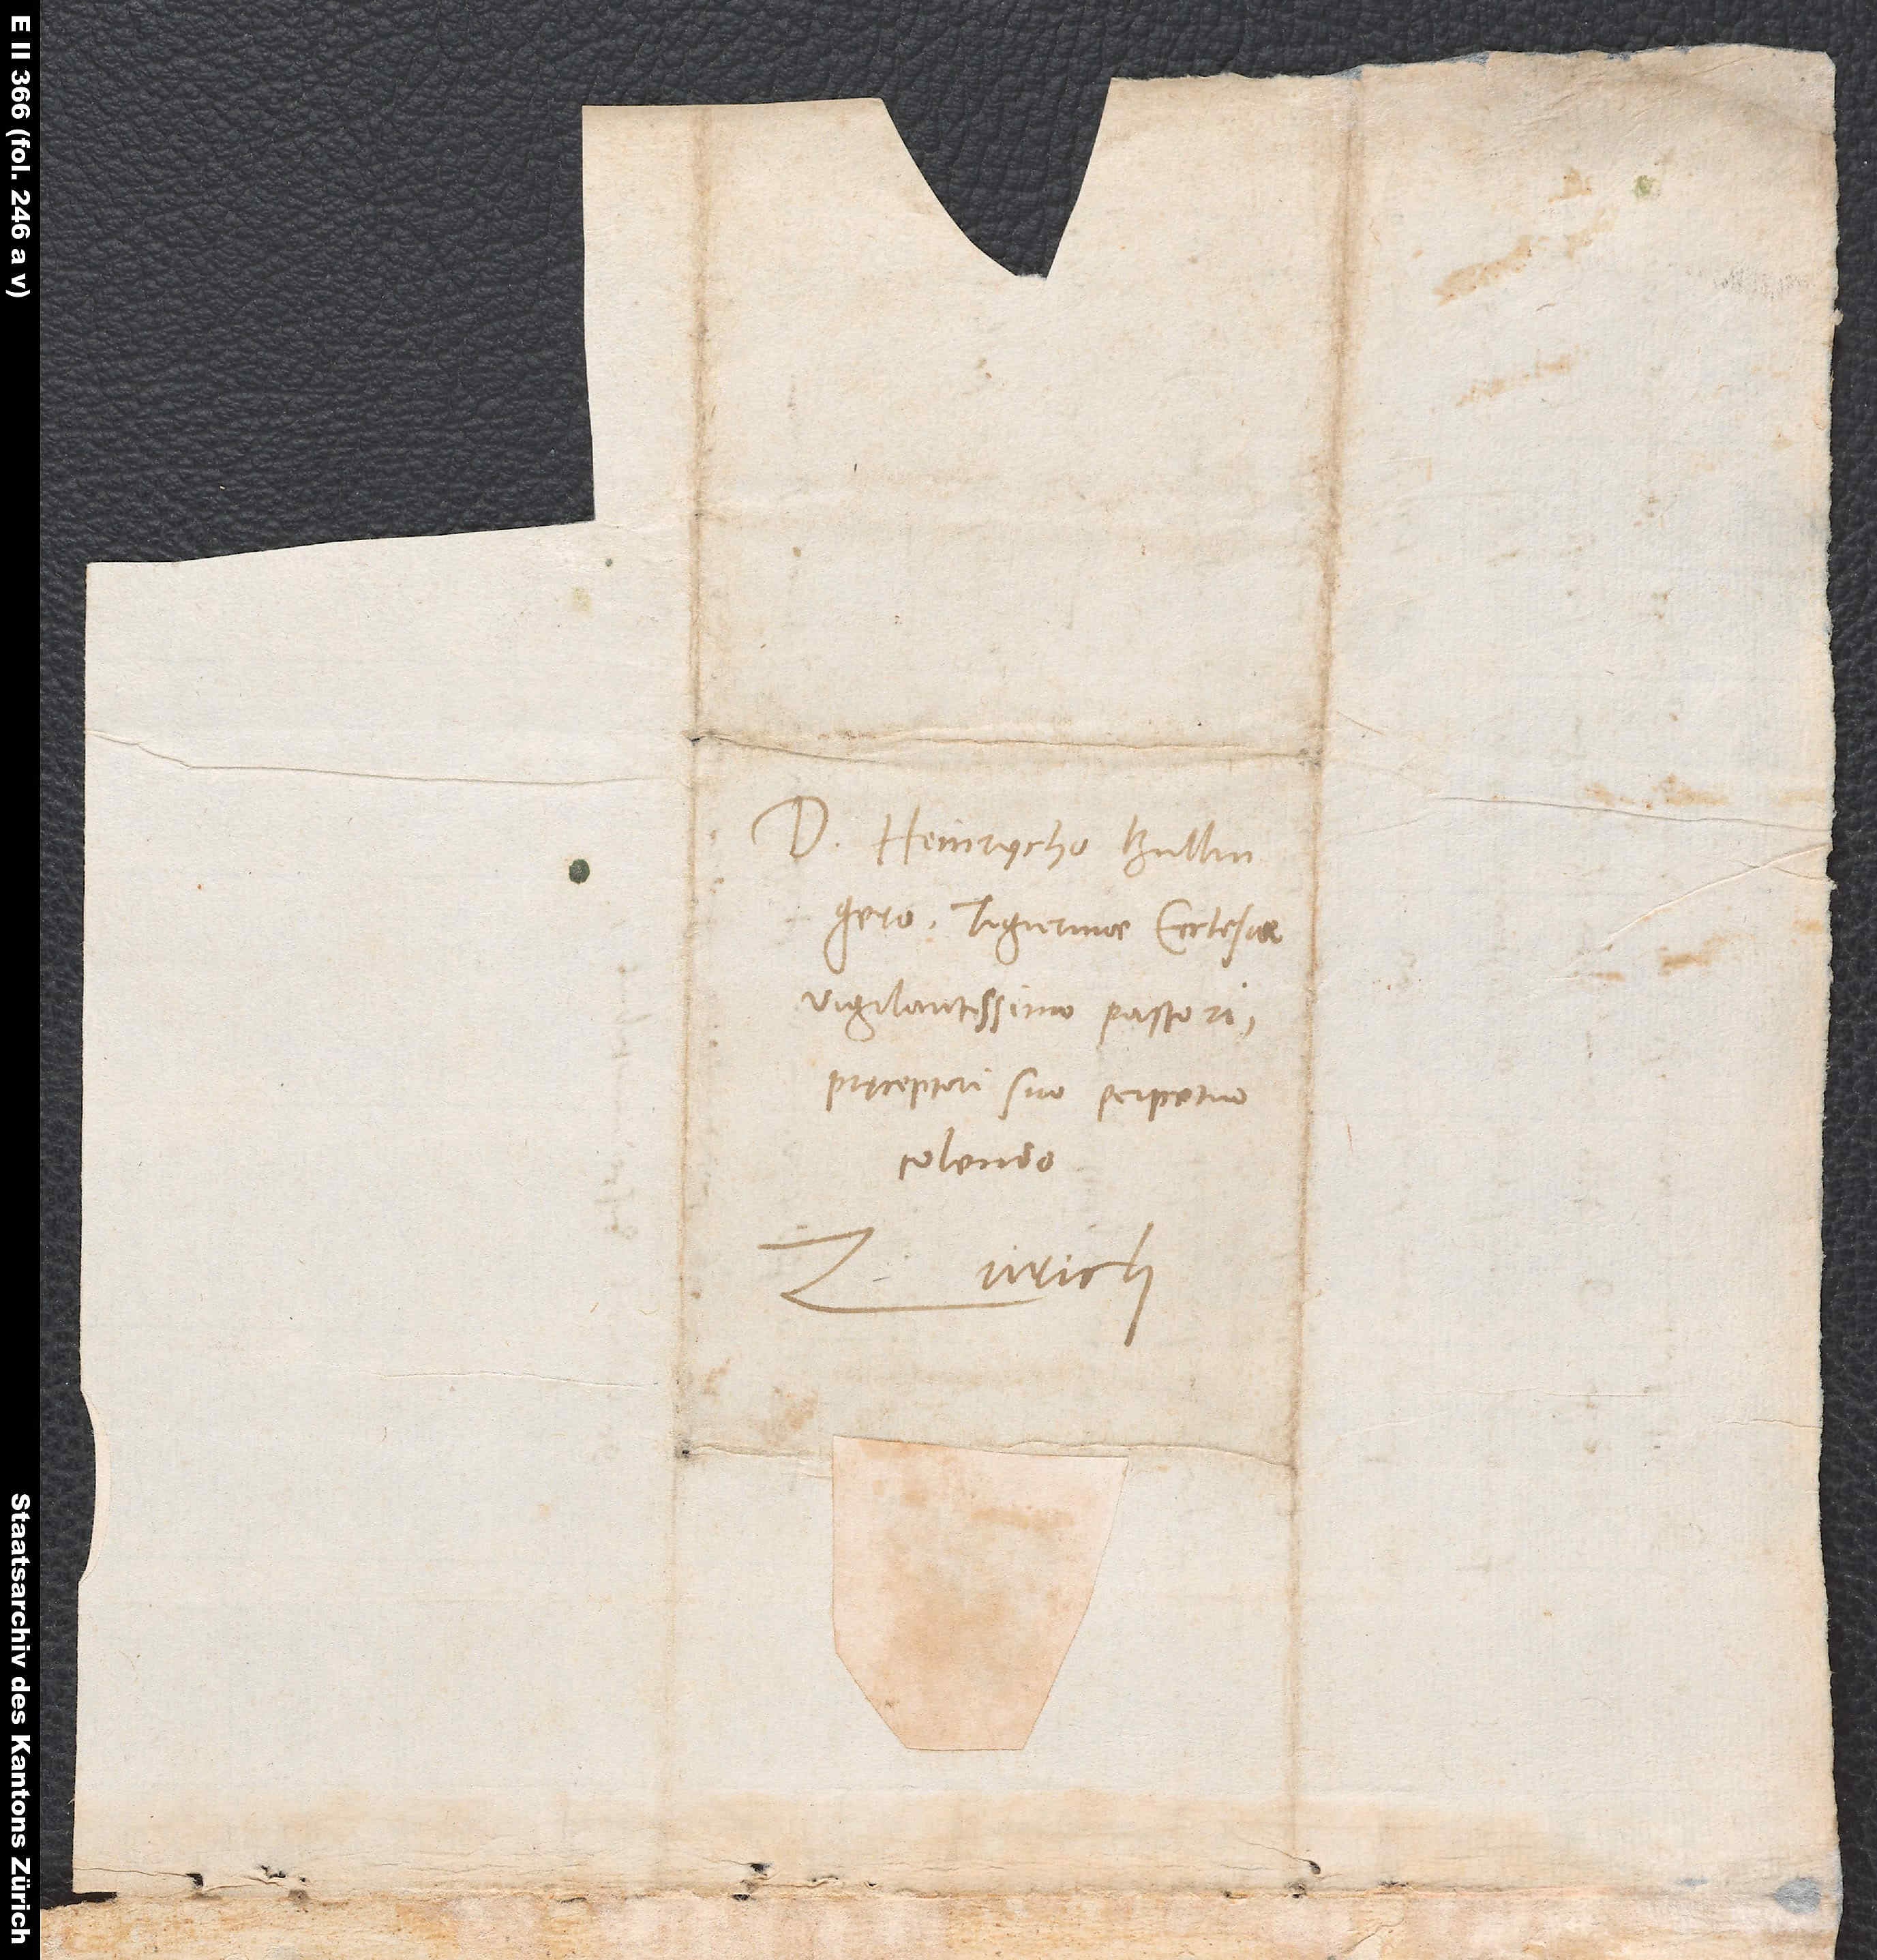
D. Heinrycho Bullingero,
Tigurinae ecclesiae
vigilantissimo pastori,
praeceptori suo perpetuo
colendo.
Zurich.
S.